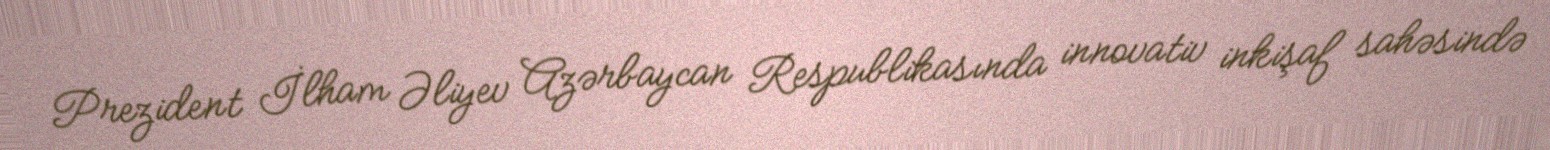
Prezident İlham Əliyev Azərbaycan Respublikasında innovativ inkişaf sahəsində